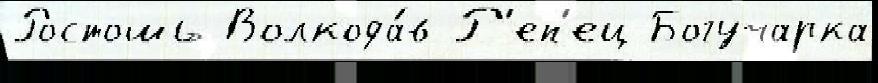
Ростошь Волкода́в Р'еп'ец Богучарка